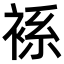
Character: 𧚃